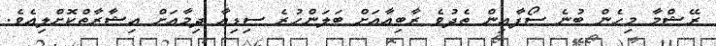
ރޭޝްމާ މިހެން ބުނެ ސޯފާއިން ތެދުވެ ރާބިއާއަށް ބަލަންހުރެ ސިޑިއާ ދިމާއަށް އިޝާރާތްކޮށްލިއެވެ.